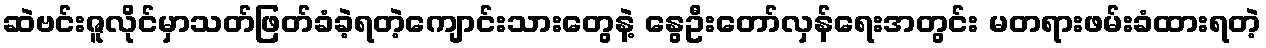
ဆဲဗင်းဇူလိုင်မှာသတ်ဖြတ်ခံခဲ့ရတဲ့ကျောင်းသားတွေနဲ့ နွေဦးတော်လှန်ရေးအတွင်း မတရားဖမ်းခံထားရတဲ့